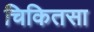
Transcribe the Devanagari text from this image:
चिकितसा